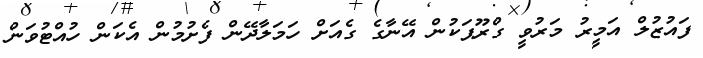
ފައުޒުލް އަމީރު މަރުވީ ގްރޫޕަކުން އޭނާގެ ގެއަށް ހަމަލާދޭން ފެށުމުން އެކަން ހުއްޓުވަން